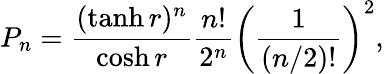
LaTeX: P_{n}=\frac{(\operatorname{tanh}r)^{n}}{\cosh r}\frac{n!}{2^{n}}\left(\frac{1}{(n/2)!}\right)^{2},